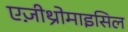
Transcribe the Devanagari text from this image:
एज़ीथ्रोमाइसिल